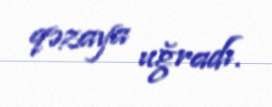
qəzaya uğradı.